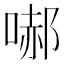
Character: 𭉞